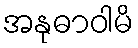
အနုဓာဝါမိ